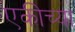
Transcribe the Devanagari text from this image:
एकीच्या